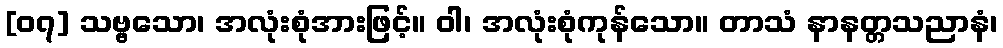
[၀၇] သဗ္ဗသော၊ အလုံးစုံအားဖြင့်။ ဝါ၊ အလုံးစုံကုန်သော။ တာသံ နာနတ္တသညာနံ၊